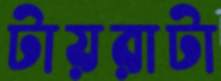
টায়রাটা